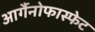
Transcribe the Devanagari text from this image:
आर्गैनोफास्फेट